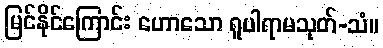
မြင်နိုင်ကြောင်း ဟောသော ရူပါရာမသုတ်-သံ။